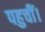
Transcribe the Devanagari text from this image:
पहुचीं।